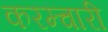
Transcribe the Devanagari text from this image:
करम्चारी